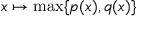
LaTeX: x \mapsto \operatorname* { m a x } \{ p ( x ) , q ( x ) \}